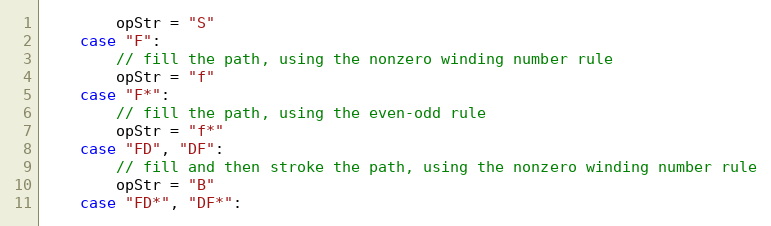
Language: Go
		opStr = "S"
	case "F":
		// fill the path, using the nonzero winding number rule
		opStr = "f"
	case "F*":
		// fill the path, using the even-odd rule
		opStr = "f*"
	case "FD", "DF":
		// fill and then stroke the path, using the nonzero winding number rule
		opStr = "B"
	case "FD*", "DF*":